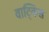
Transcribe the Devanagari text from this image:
वाट्किंस